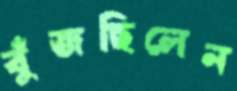
বুঁজছিলেন